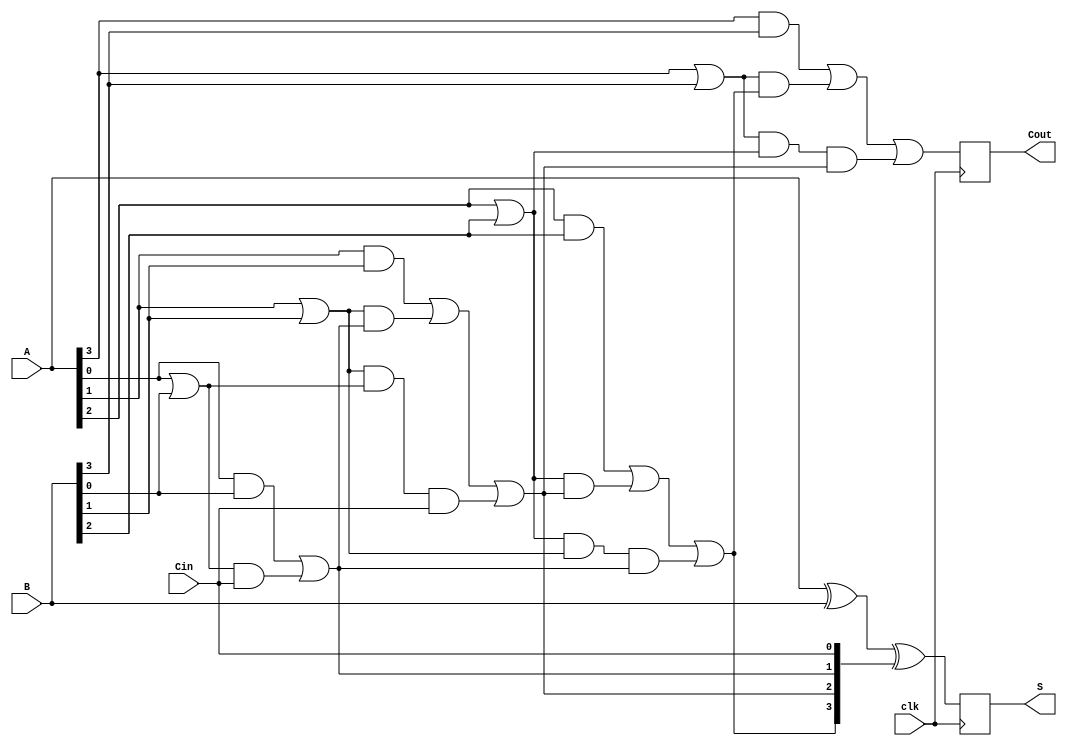
module pipelined_cla_adder #(parameter n = 4) (
    input wire clk,
    input wire [n-1:0] A,
    input wire [n-1:0] B,
    input wire Cin,
    output reg [n-1:0] S,
    output reg Cout
);

    // Intermediate signals for stage 1
    wire [n-1:0] G; // Generate signals
    wire [n-1:0] P; // Propagate signals
    wire [n:0] C;   // Carry signals (C[0] = Cin)

    // Stage 1: Generate and Propagate calculation
    genvar i;
    generate
        for (i = 0; i < n; i = i + 1) begin : gen_prop
            assign G[i] = A[i] & B[i]; // Generate
            assign P[i] = A[i] | B[i]; // Propagate
        end
    endgenerate

    // Carry signal generation
    assign C[0] = Cin;
    generate
        for (i = 0; i < n; i = i + 1) begin : carry_gen
            if (i == 0) begin
                assign C[i + 1] = G[i] | (P[i] & C[i]);
            end else begin
                assign C[i + 1] = G[i] | (P[i] & C[i]) | (P[i] & P[i-1] & C[i-1]);
            end
        end
    endgenerate

    // Stage 2: Sum calculation
    always @(posedge clk) begin
        S <= A ^ B ^ C[n-1:0]; // Sum calculation
        Cout <= C[n];         // Final carry out
    end

endmodule